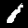
Digit: 1